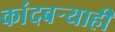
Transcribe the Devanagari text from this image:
कांदबऱ्याही